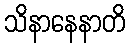
သိနာနေနာတိ